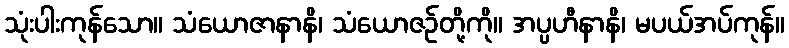
သုံးပါးကုန်သော။ သံယောဇာနာနိ၊ သံယောဇဉ်တို့ကို။ အပ္ပဟီနာနိ၊ မပယ်အပ်ကုန်။